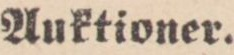
Auktioner.